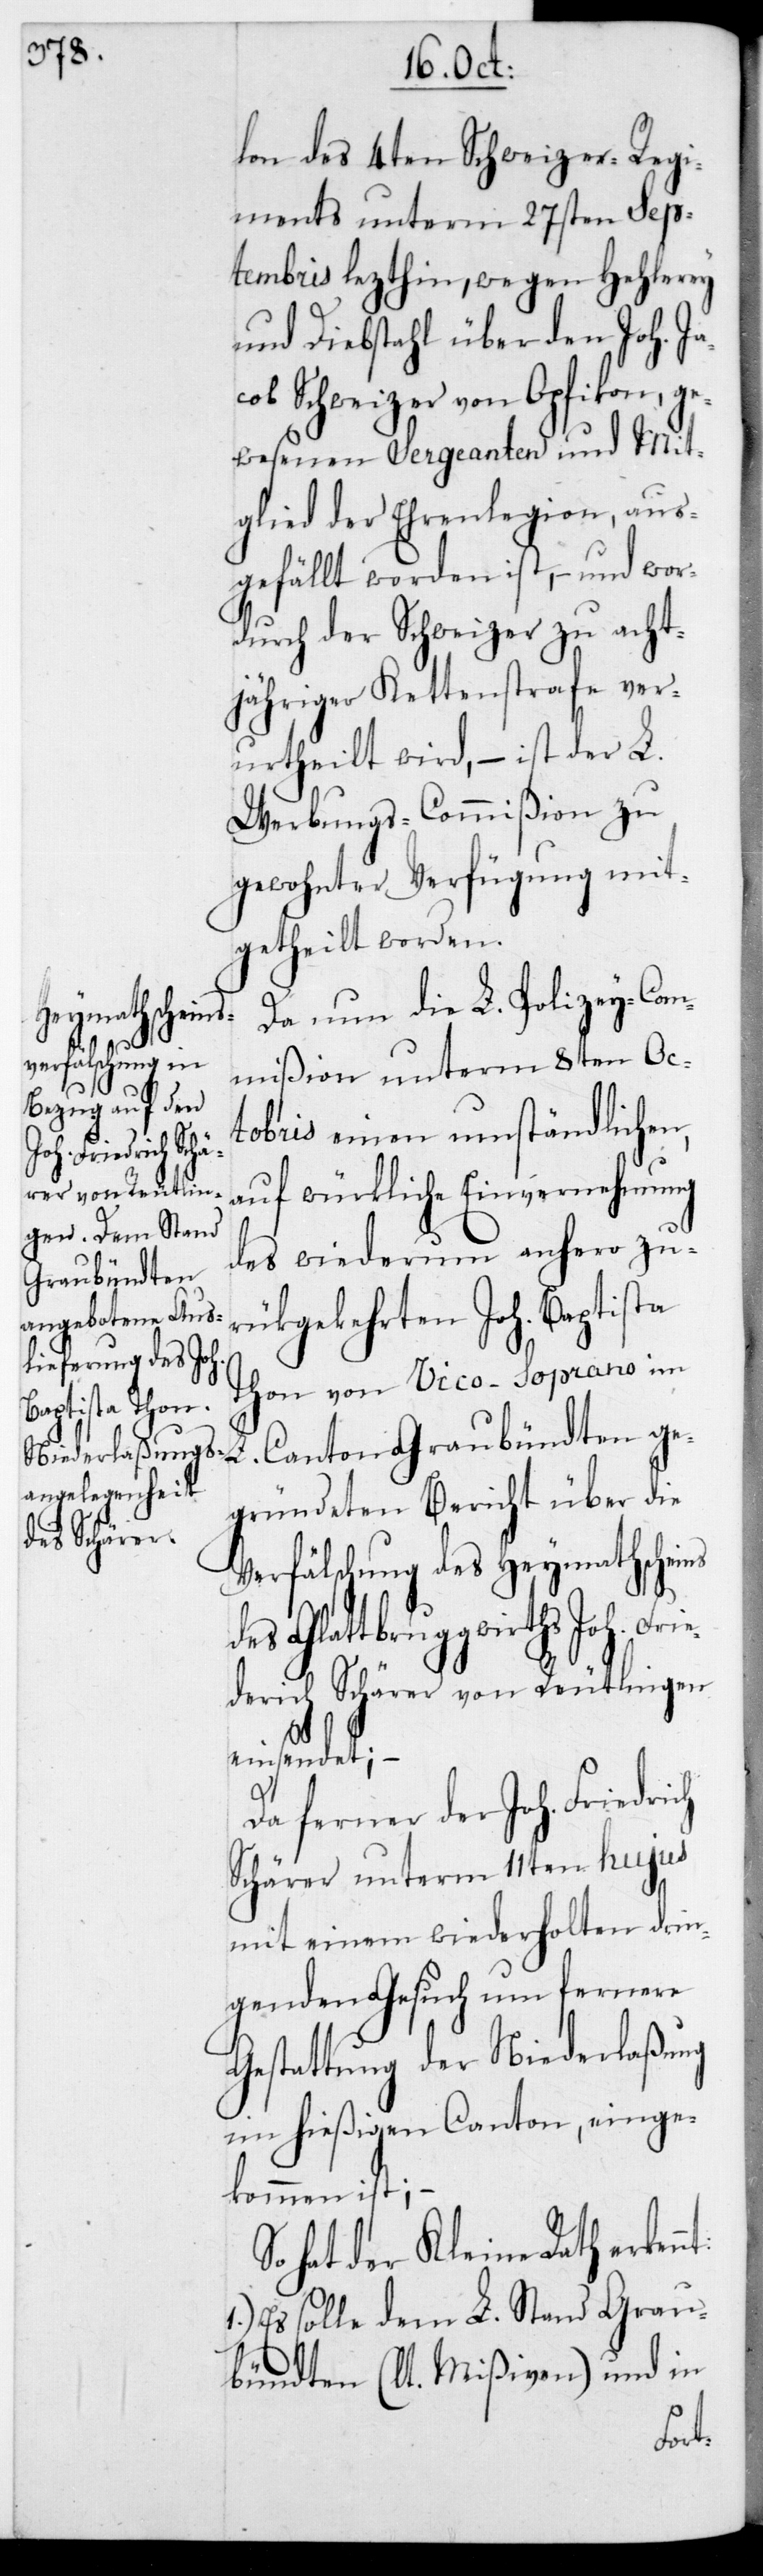
lon des 4ten Schweizer Regi¬
ments unterm 27sten Sep¬
tembris lezthin, wegen Hehlerey
und Diebstahl über den Joh. Ja¬
cob Schweizer von Opfikon, ge¬
wesenen Sergeanten und Mit¬
glied der Ehrenlegion, aus¬
gefällt worden ist, – und wor¬
durch der Schweizer zu acht¬
jähriger Kettenstrafe ver¬
urtheilt wird, – ist der L.
Werbungs-Commißion zu
gewohnter Verfügung mit¬
getheilt worden.
Da nun die L. Polizey-Com¬
mißion unterm 8ten Oc¬
tobris einen umständlichen,
auf würkliche Einvernehmung
des wiederum anhero zu¬
rückgekehrten Joh. Baptista
Thon von Vico-Soprano im
Canton Graubündten ge¬
gründeten Bericht über die
Verfälschung des Heymathscheins
des Glattbruggwirths Joh. Frie¬
drich Schärer von Reutlingen
einsendet; –
Da ferner der Joh. Friedrich
Schärer unterm 11ten hujus
mit einem wiederholten drin¬
genden Gesuch um fernere
Gestattung der Niederlasung
im hießigen Canton einge¬
kommen ist; –
So hat der Kleine Rath erken¬
Es solle dem L. Stand Grau¬
bündten (lt. Mißiven) und in
nt: